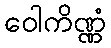
ဝေါကိဏ္ဏံ